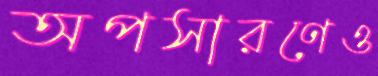
অপসারণেও